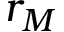
r _ { M }